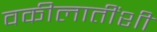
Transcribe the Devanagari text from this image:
वकीलातींशी